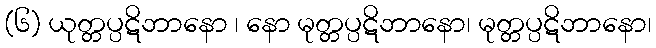
(၆) ယုတ္တပ္ပဋိဘာနော ၊ နော မုတ္တပ္ပဋိဘာနော၊ မုတ္တပ္ပဋိဘာနော၊